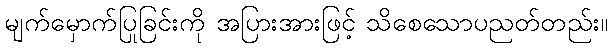
မျက်မှောက်ပြုခြင်းကို အပြားအားဖြင့် သိစေသောပညတ်တည်း။